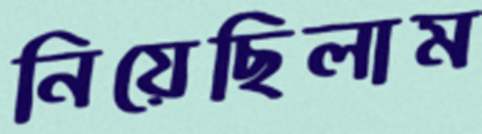
নিয়েছিলাম